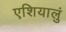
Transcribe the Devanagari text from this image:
एशियालुं